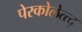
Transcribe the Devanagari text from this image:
पेरकोलेत्त्द्